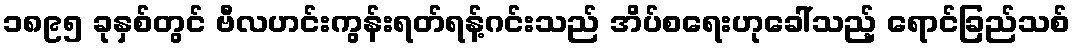
၁၈၉၅ ခုနှစ်တွင် ဗီလဟင်းကွန်းရတ်ရန့်ဂင်းသည် အိပ်စရေးဟုခေါ်သည့် ရောင်ခြည်သစ်